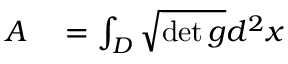
\begin{array} { r l } { A } & { { } = \int _ { D } \sqrt { \operatorname* { d e t } g } d ^ { 2 } x } \end{array}